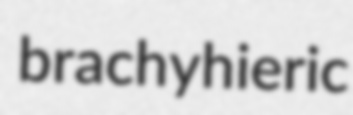
brachyhieric